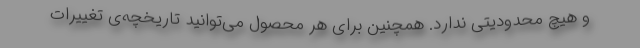
و هیچ محدودیتی ندارد. همچنین برای هر محصول می‌توانید تاریخچه‌ی تغییرات